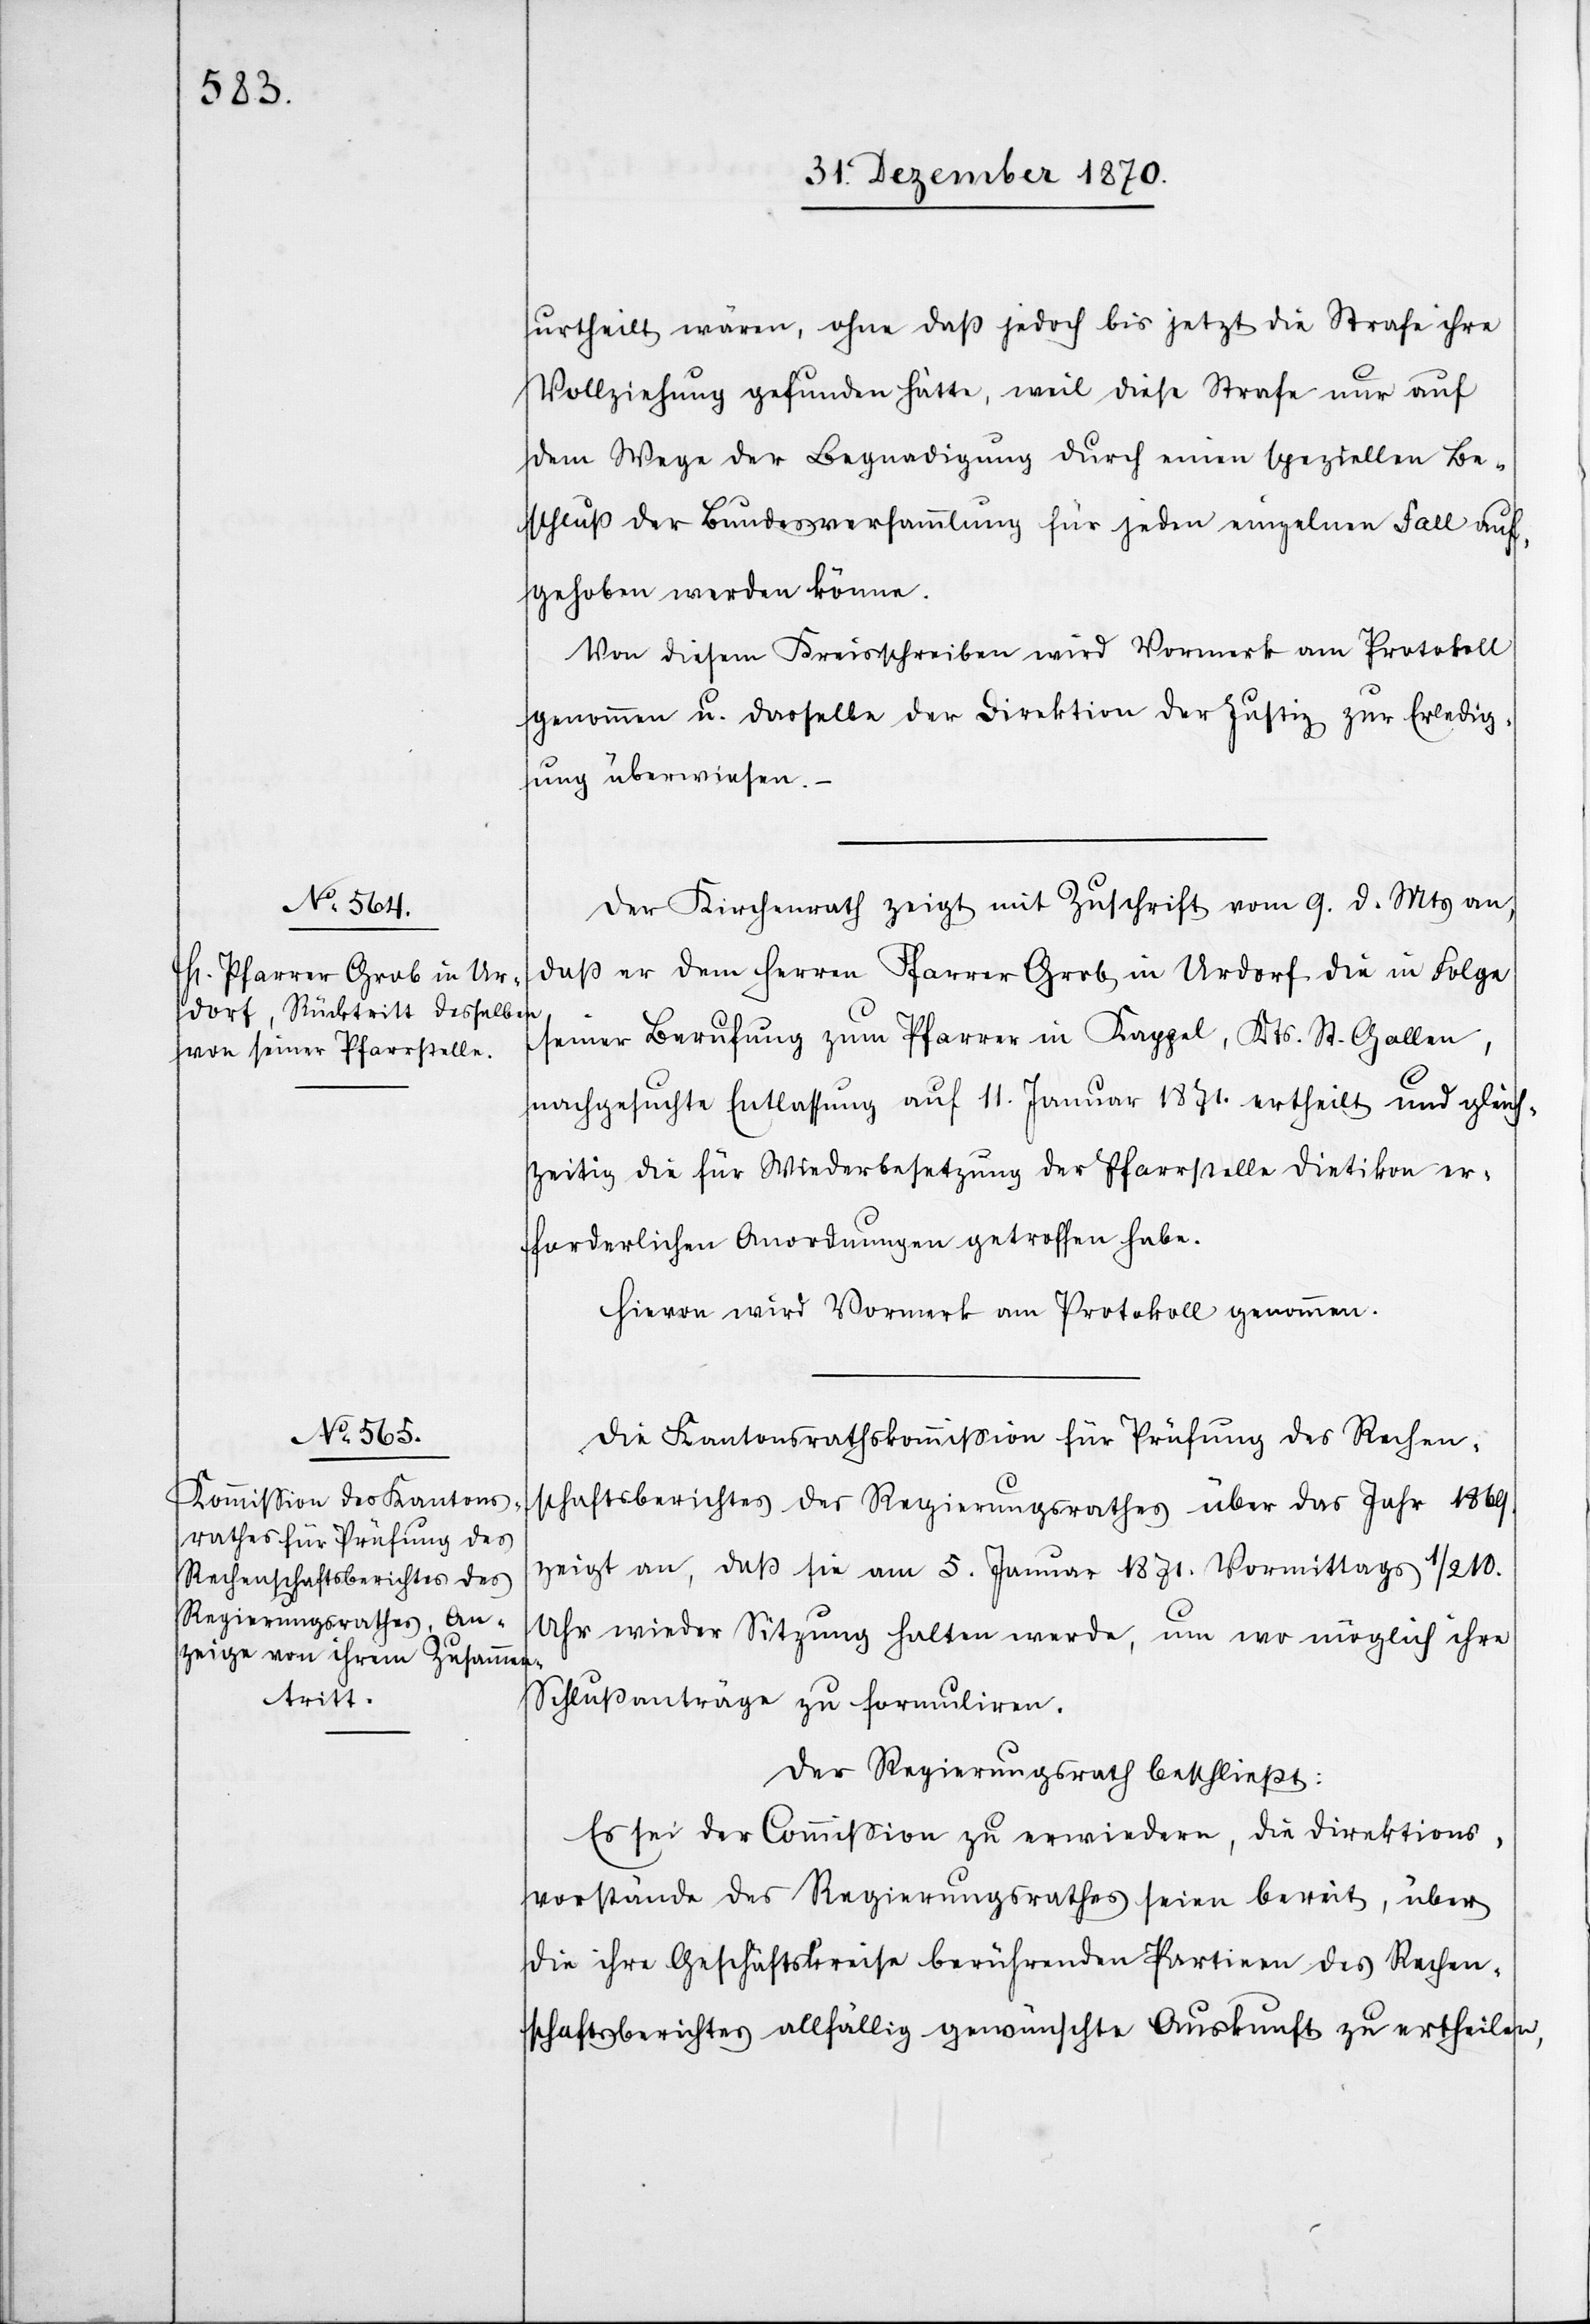
urtheilt wären, ohne daß jedoch bis jetzt die Strafe ihre
Vollziehung gefunden hätte, weil diese Strafe nur auf
dem Wege der Begnadigung durch einen speziellen Be¬
schluß der Bundesversammlung für jeden einzelnen Fall auf¬
gehoben werden könne.
Von diesem Kreisschreiben wird Vormerk am Protokoll
genommen u. dasselbe der Direktion der Justiz zur Erledig¬
ung überwiesen.
Der Kirchenrath zeigt mit Zuschrift vom 9. d. Mts an,
daß er dem Herren Pfarrer Grob in Urdorf die in Folge
seiner Berufung zum Pfarrer in Kappel, Kts. St. Gallen,
nachgesuchte Entlassung auf 11. Januar 1871. ertheilt und gleich¬
zeitig die für Wiederbesetzung der Pfarrstelle Dietikon er¬
forderlichen Anordnungen getroffen habe.
Hievon wird Vormerk am Protokoll genommen.
Die Kantonsrathskommißion für Prüfung des Rechen¬
schaftsberichtes des Regierungsrathes über das Jahr 1869.
zeigt an, daß sie am 5. Januar 1871. Vormittags 1/2 10.
Uhr wieder Sitzung halten werde, um wo möglich ihre
Schlußanträge zu formuliren.
Der Regierungsrath beschließt:
Es sei der Commißion zu erwiedern, die Direktions¬
vorstände des Regierungsrathes seien bereit, über
die ihre Geschäftskreise berührenden Partieen des Rechen¬
schaftsberichtes allfällig gewünschte Auskunft zu ertheilen,